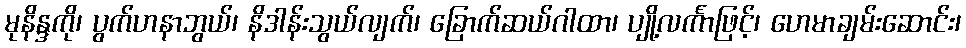
မုနိန္ဒကို၊ ပွက်ဟနာဘွယ်၊ နိဒါန်းသွယ်လျက်၊ ခြောက်ဆယ်ဂါထာ၊ ပျို့လင်္ကာဖြင့်၊ ဟေမာချမ်းဆောင်း၊